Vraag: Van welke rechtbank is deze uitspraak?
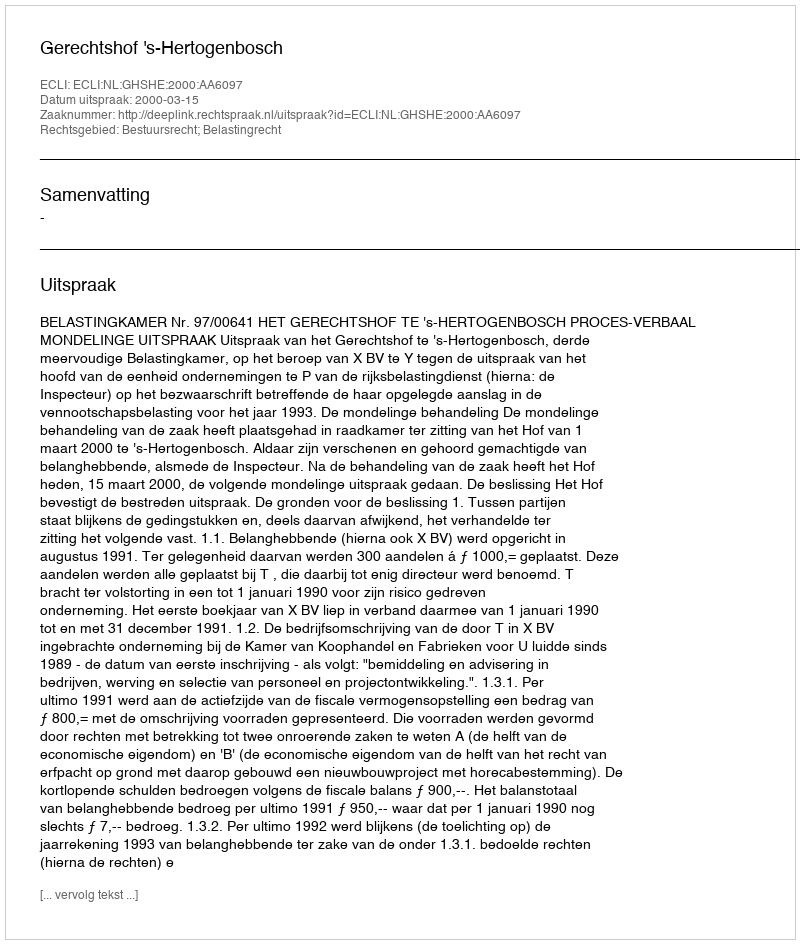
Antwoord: Gerechtshof 's-Hertogenbosch